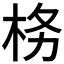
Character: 𭩨